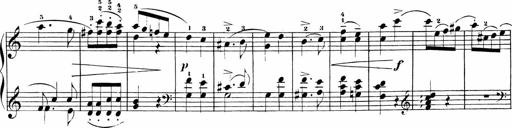
Title: Sonatinas
Composer: Andrew Violette